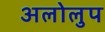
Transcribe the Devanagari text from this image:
अलोलुप